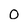
Character: 0